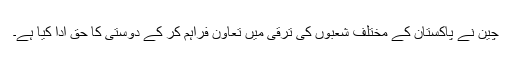
چین نے پاکستان کے مختلف شعبوں کی ترقی میں تعاون فراہم کر کے دوستی کا حق ادا کیا ہے۔